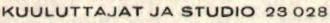
KUULUTTAJAT JA STUDIO 23 028